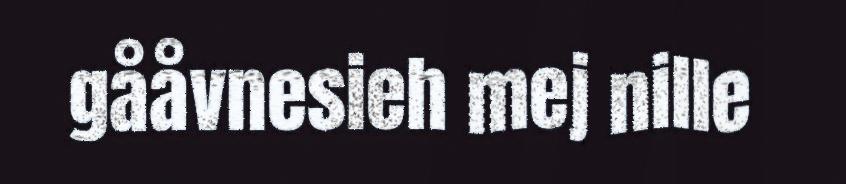
gååvnesieh mej nille